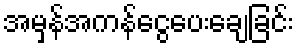
အမှန်အကန်ငွေပေးချေခြင်း